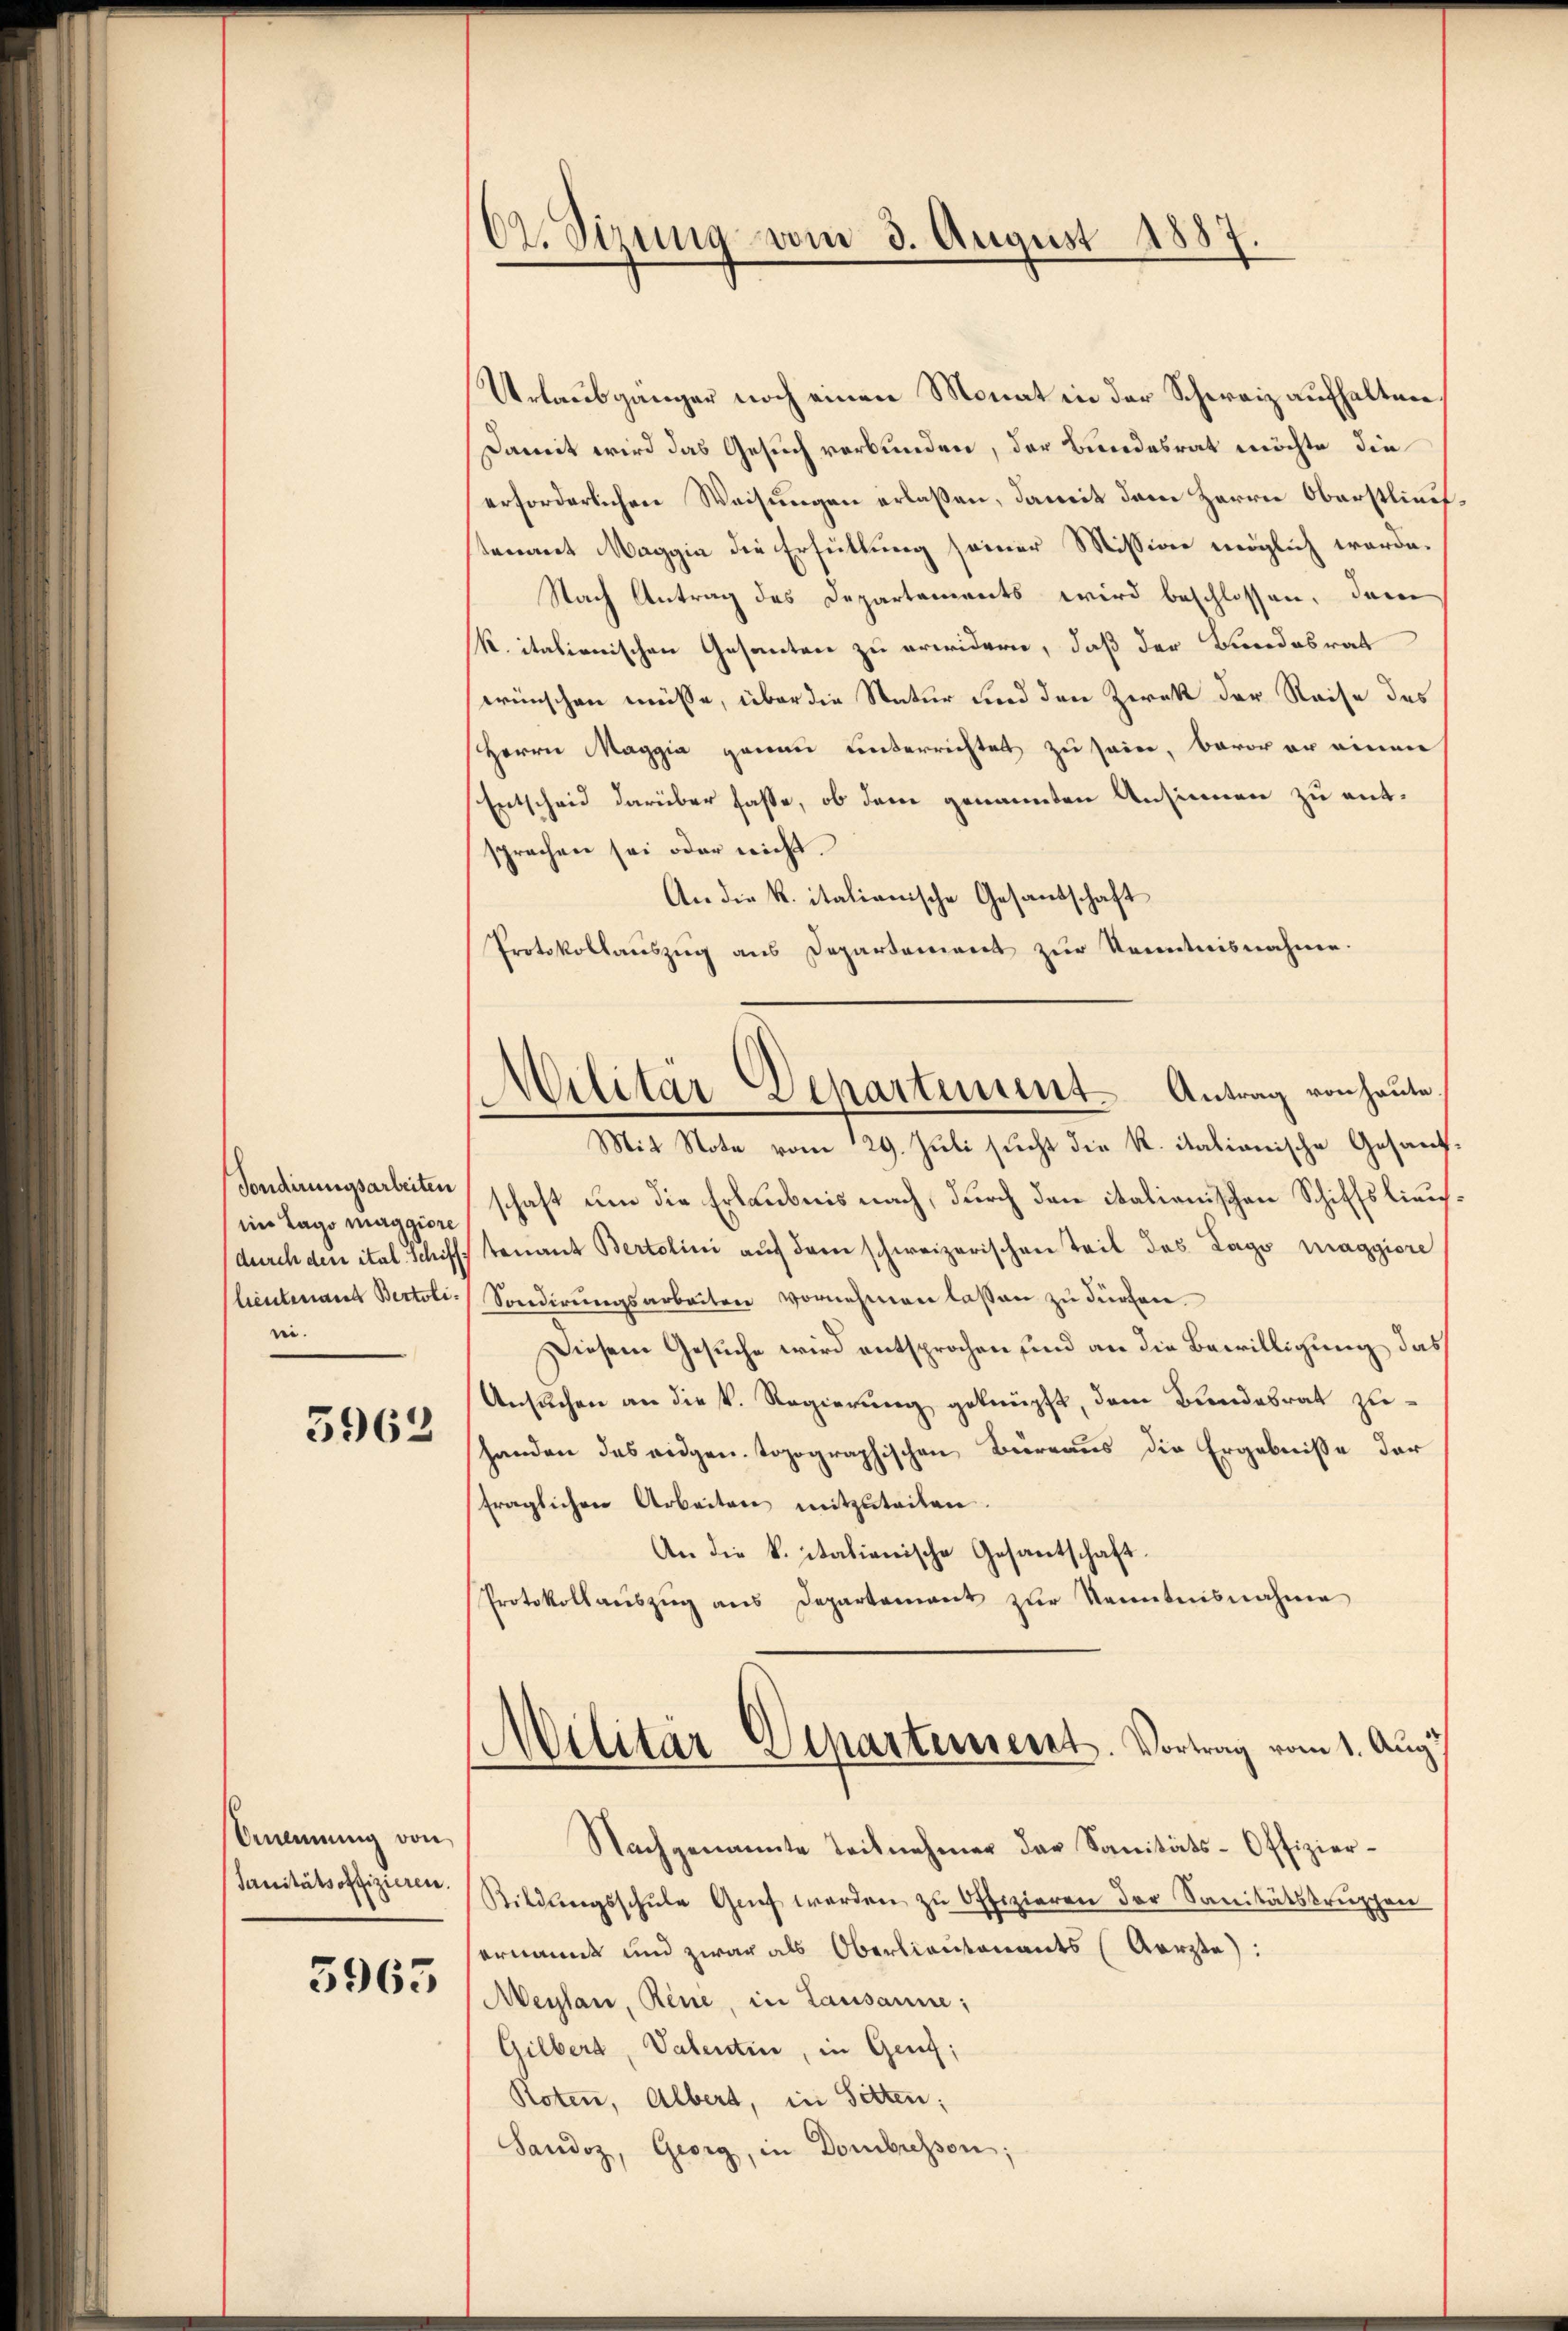
Tondirungsarbeiten
im Lage maggiore
(durch den ital. Schiff
lieutenant Bertolire.
3962

Anennung von
Sanitätsoffizieren.
5965

62. Sizung vom 3. August 1887.

Urlaubgänger noch einen Monat in der Schweiz aufhaltene
Damit wird das Gesuch verbunden, der Bundesrat möchte, die
erforderlichen Weisungen erlaßen, damit dem Herrn Oberstlief
stenant Maggia die Erfüllung seiner Mission möglich werde.
Nach Antrag des Departements wird beschlossen, dann
k. italienischen Gesanten zu erwidern, daß der Bundesrat
wünschen müsse, über die Natur und den Zwek der Reise des
Herrn Maggia genau unterrichtet zu sein, bevor er einen
Entscheid darüber fasse, ob dem genannten Ansinnen zu entsprechen sei oder nicht.
An die K. italianische Gesandschaft
Protokollauszug aus Departement zur Kenntnisnahme.
Mit Note vom 29. Juli sucht die K. itationische Gesandschaft um die Erlaubnis nach, durch den italienischen Schiffslieutenant Bertolini aŭf dem schweizerischen Teil des Lago maggiore
Sondirungsarbeiten vornehmen lassen zu dürfen.
Diesem Gesuche wird entsprochen sind an die Bewilligung das
Ansuchen an die k. Regierung geknüpft, dem Bundesrat zuhanden das eidgen. topographischen Büreaus die Ergebnisse der
fraglichen Arbeiten mitzuteilen.
An die k. italienische Gesantschaft.
Protokoll aŭszŭg ans Departement zŭr Kenntnisnahme
Militär-Apartement. Vortrag vom 1. Augu
Nachgenannte Teilnehmer der Sanitäts-Offizier-
Bildungsschŭle Genf werden zu Offizieren der Sanitätskruppen
ernannt und zwar als Oberlieutenants (Aerzte:
Meylan, Rene, in Lausanne;
Gilbert, Valentin, in Genf;
Roten, Albert, in Sitten;
Saudoz, Georg, in Dombressen;

Militär-Departement. Antrag von heute,